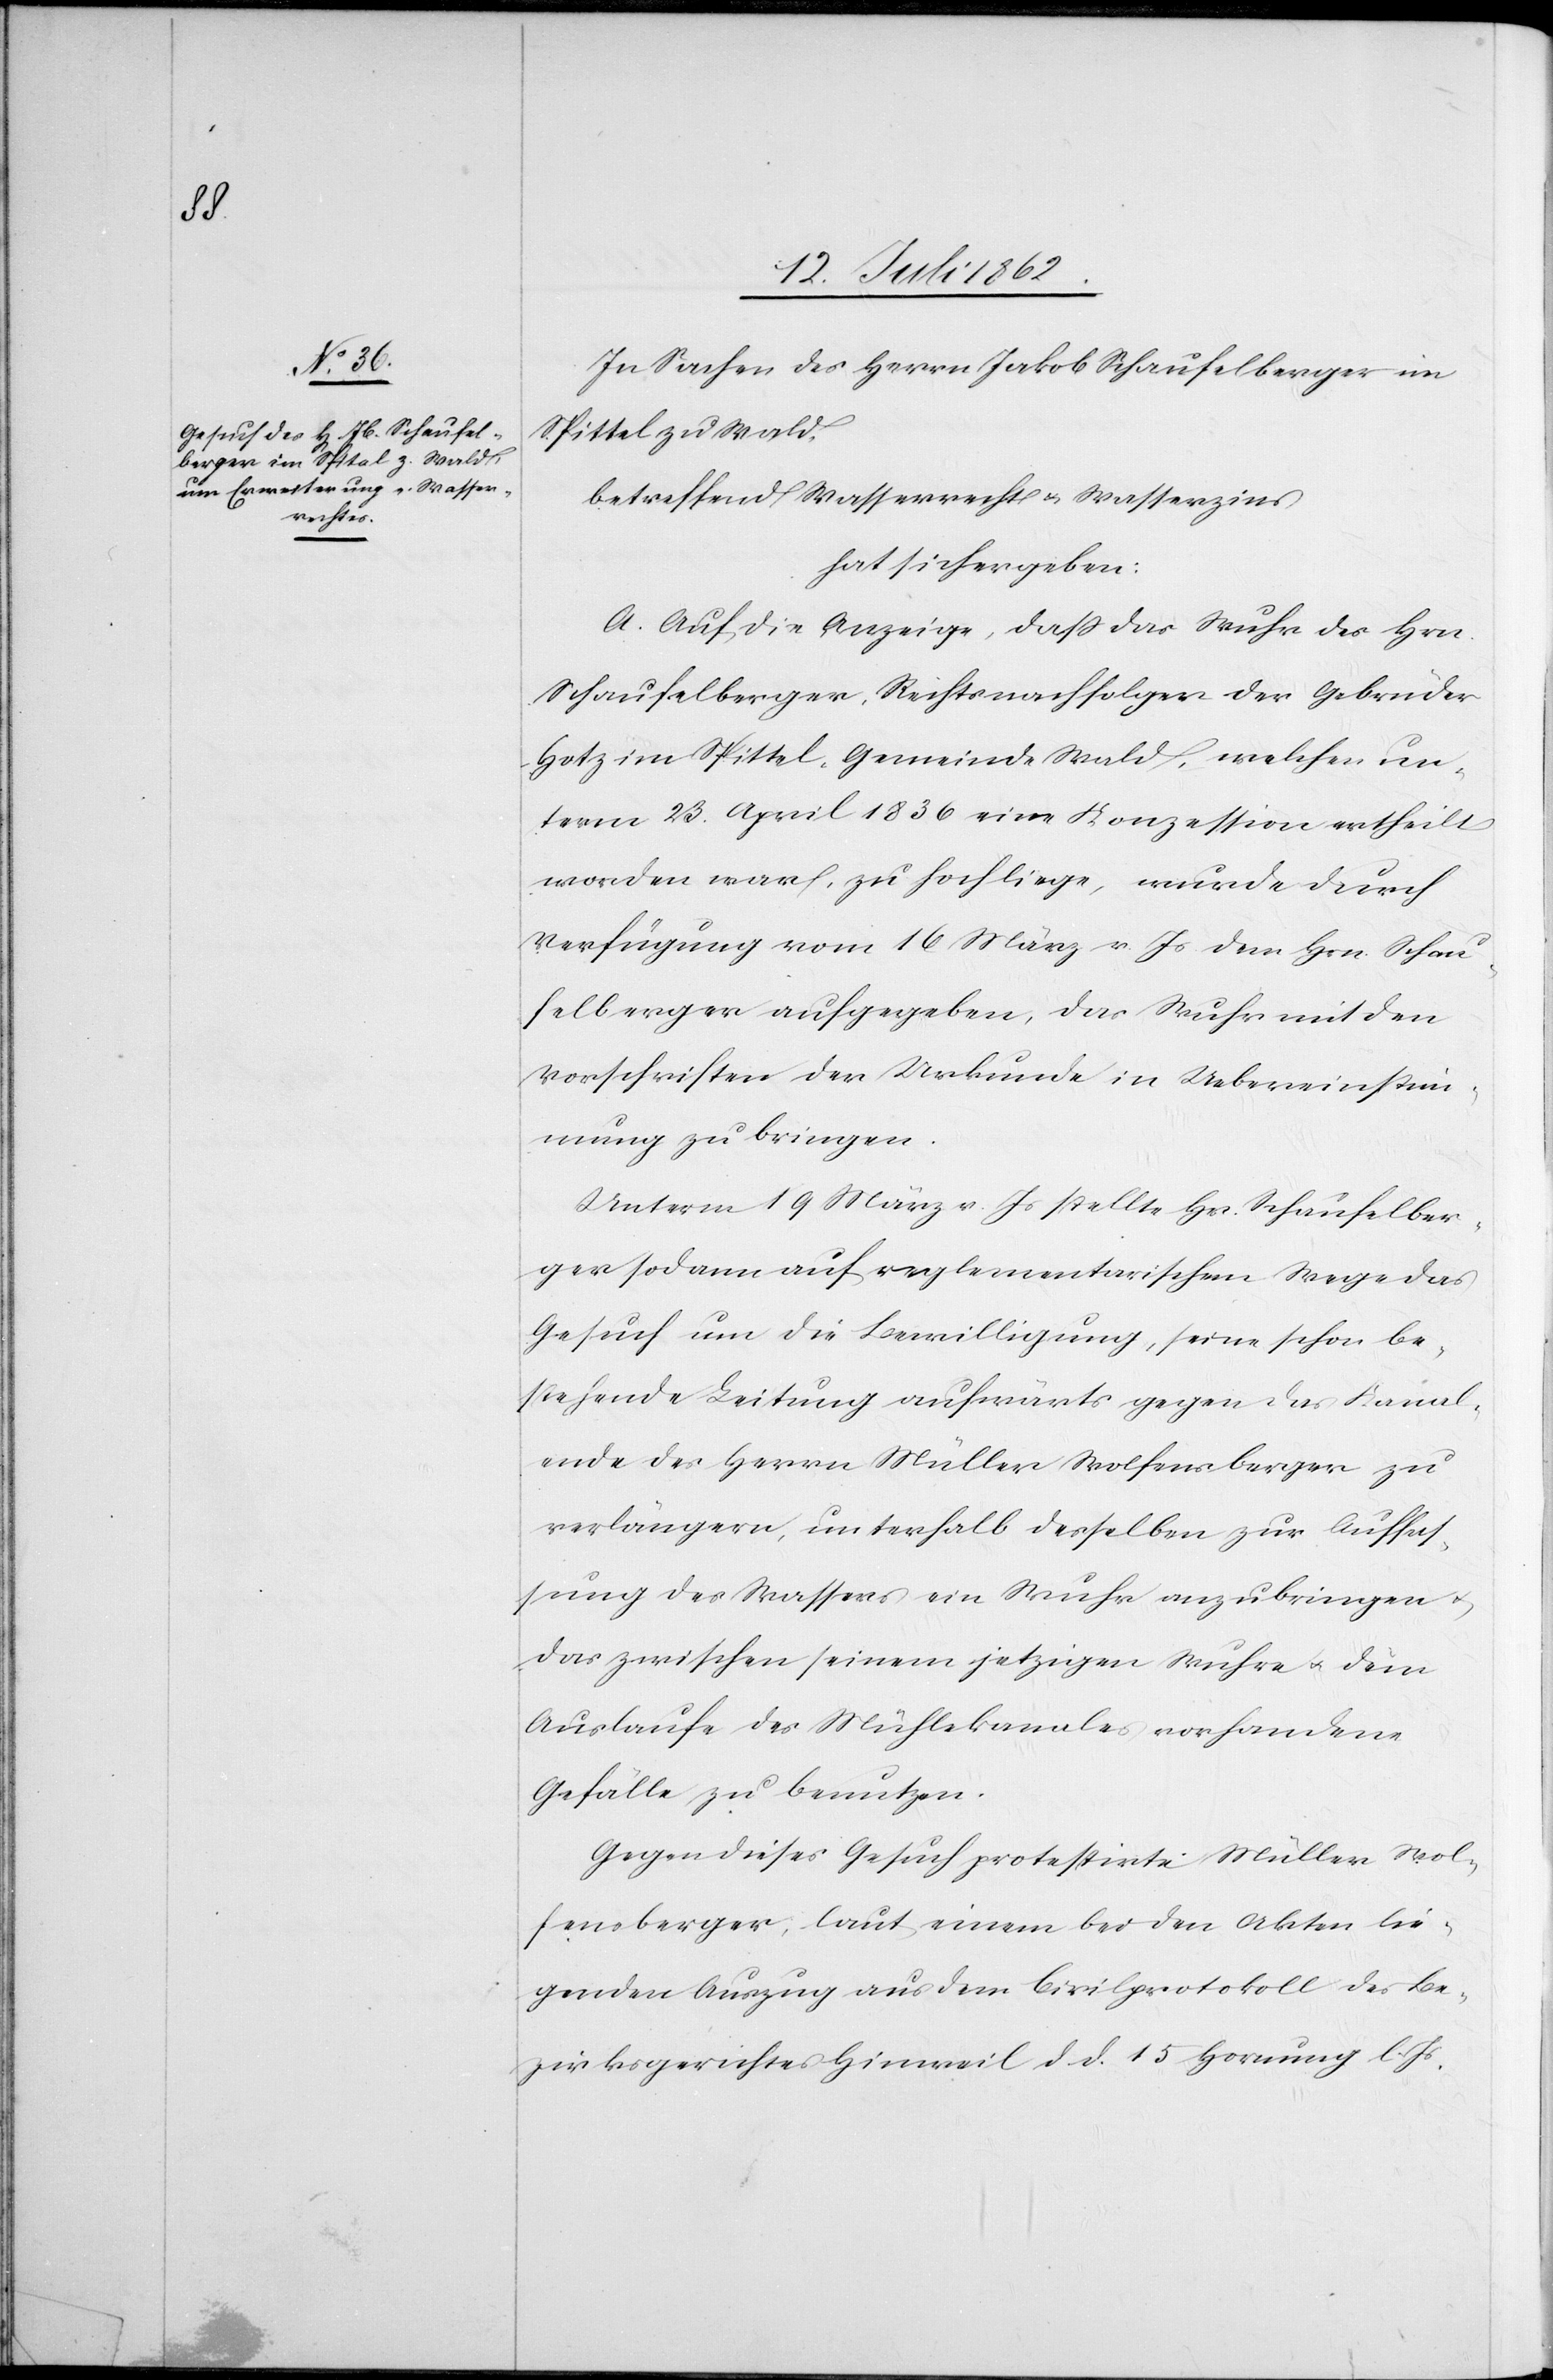
In Sachen des Herrn Jakob Schaufelberger im
Spittel zu Wald,
betreffend Wasserrechts u. Wasserzins
hat sich ergeben:
A. Auf die Anzeige, daß das Wuhr des Hrn.
Schaufelberger, Rechtsnachfolger der Gebrüder
Hotz im Spittel Gemeinde Wald, welchen un¬
term 23. April 1836 eine Konzession ertheilt
worden war, zu hoch liege, wurde durch
Verfügung vom 16 März v. Js. dem Hrn. Schau¬
felberger aufgegeben, das Wuhr mit den
Vorschriften der Urkunde in Uebereinstim¬
mung zu bringen.
Unterm 19 März v. Js. stellte Hr. Schaufelber¬
ger sodann auf reglementarischem Wege das
Gesuch um die Bewilligung, seine schon be¬
stehende Leitung aufwärts gegen das Kanal¬
ende der Herren Müller Wolfensberger zu
verlängern, unterhalb desselben zur Auffas¬
sung des Wassers ein Wuhr anzubringen u.
das zwischen seinem jetztigen Wuhre u. dem
Auslaufe des Mühlekanales vorhandene
Gefälle zu benutzen.
Gegen dieses Gesuch protestirte Müller Wol¬
fensberger laut einem bei den Akten lie¬
genden Auszug aus dem Civilprotokoll des Be¬
zirksgerichtes Hinweil d. d. 15. Hornung l. Js.